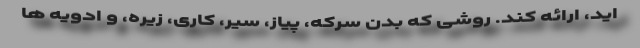
اید، ارائه کند. روشی که بدن سرکه، پیاز، سیر، کاری، زیره، و ادویه ها